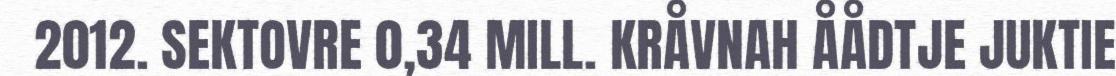
2012. SEKTOVRE 0,34 MILL. KRÅVNAH ÅÅDTJE JUKTIE